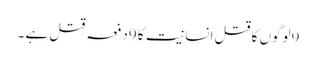
9لوگوں کا قتل انسانیت کا 9دفعہ قتل ہے ۔